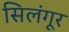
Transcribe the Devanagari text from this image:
सिलंगूर